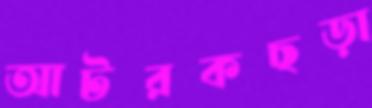
আটরকছড়া